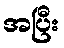
အပြီး